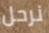
نرحل